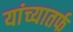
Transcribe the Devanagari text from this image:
यांच्यातर्फ